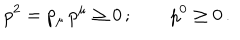
p ^ { 2 } = p _ { \mu } \, p ^ { \mu } \ge 0 \, ; \qquad p ^ { 0 } \ge 0 \, .